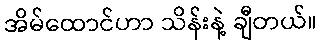
အိမ်ထောင်ဟာ သိန်းနဲ့ ချီတယ်။